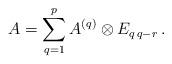
LaTeX: \begin{align*}A=\sum_{q=1}^pA^{(q)}\otimes E_{q\,q-r}\, .\end{align*}